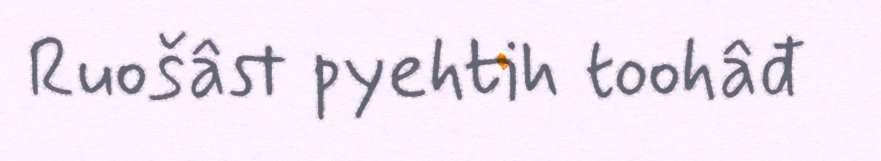
Ruošâst pyehtih toohâđ